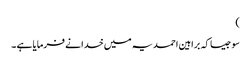
)
سو جیسا کہ براہین احمدیہ میں خدا نے فرمایا ہے ۔